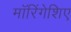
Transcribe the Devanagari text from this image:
मॉरिंगेशिए